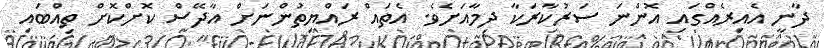
ދާނީ އެއިރެއްގައި އޮންނަ ސަރުކާރަކާ ދިމާއަށެވެ. އެތައް ރައްޔިތުންނަށް އާދޭސް ކޮށްކޮށް ތިއްބައި